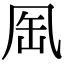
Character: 𠙈